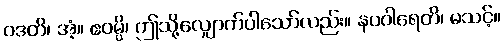
ဝဒတိ၊ အံ့။ ဧဝမ္ပိ၊ ဤသို့လျှောက်ပါသော်လည်း။ နပဝါရေတိ၊ မသင့်။